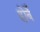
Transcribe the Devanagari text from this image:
होर्बे